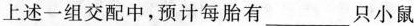
上述一组交配中，预计每胎有___只小鼠